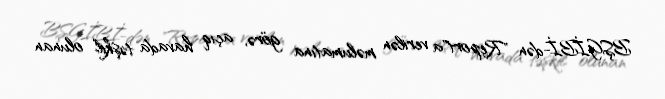
BŞGİBİ-dən "Report"a verilən məlumatına görə, açıq havada təşkil olunan